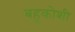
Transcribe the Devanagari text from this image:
बहुकोशी